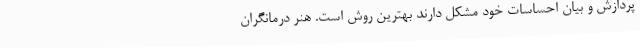
پردازش و بیان احساسات خود مشکل دارند بهترین روش است. هنر درمانگران